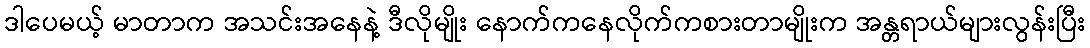
ဒါပေမယ့် မာတာက အသင်းအနေနဲ့ ဒီလိုမျိုး နောက်ကနေလိုက်ကစားတာမျိုးက အန္တရာယ်များလွန်းပြီး